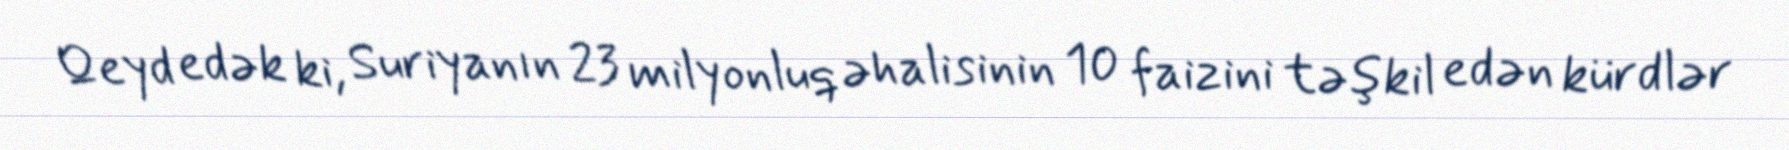
Qeyd edək ki, Suriyanın 23 milyonluq əhalisinin 10 faizini təşkil edən kürdlər